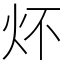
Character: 炋